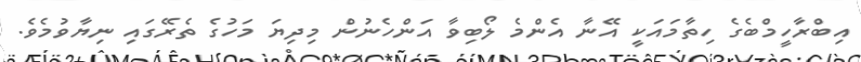
އިބްރާހީމްބެގެ ހިތާމައަކީ އޭނާ އެންމެ ލޯބިވާ އަންހެނުން މިދިޔަ މަހުގެ ތެރޭގައި ނިޔާވުމެވެ.